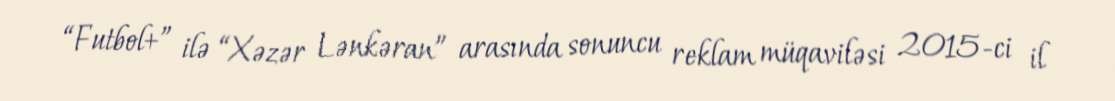
“Futbol+” ilə “Xəzər Lənkəran” arasında sonuncu reklam müqaviləsi 2015-ci il